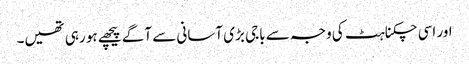
اور اسی چکناہٹ کی وجہ سے باجی بڑی آسانی سے آگے پیچھے ہو رہی تھیں۔